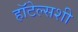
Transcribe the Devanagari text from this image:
हॉटेल्सशी